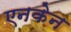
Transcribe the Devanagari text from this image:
एनकेन